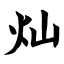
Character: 灿